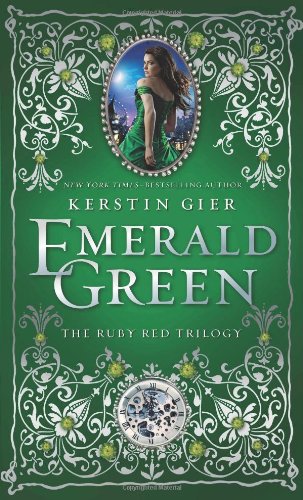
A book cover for Emerald Green (The Ruby Red Trilogy); Kerstin Gier; Teen & Young Adult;